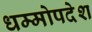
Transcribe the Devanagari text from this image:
धम्मोपदेश